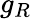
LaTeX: g_{R}